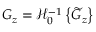
G _ { z } = \mathcal { H } _ { 0 } ^ { - 1 } \left\{ \widetilde { G } _ { z } \right\}